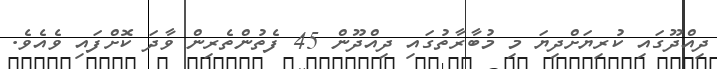
ދިއްދޫގައި ކުރިޔަށްދިޔަ މި މުބާރާތުގައި ދިއްދޫން 45 ފެތުންތެރިން ވާދަ ކޮށްފައި ވެއެވެ.